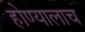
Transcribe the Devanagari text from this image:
होण्यालाच